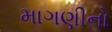
માગણીનો